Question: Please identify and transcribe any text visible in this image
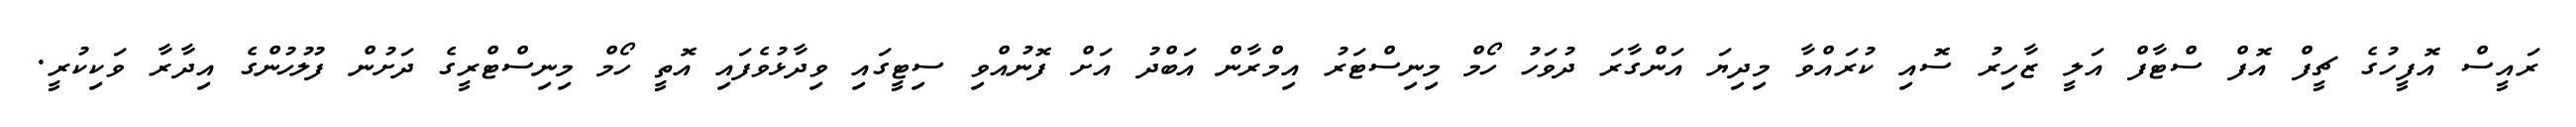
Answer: ރައީސް އޮފީހުގެ ޗީފް އޮފް ސްޓާފް އަލީ ޒާހިރު ސޮއި ކުރައްވާ މިދިޔަ އަންގާރަ ދުވަހު ހޯމް މިނިސްޓަރު އިމްރާން އަބްދު އަށް ފޮނުއްވި ސިޓީގައި ވިދާޅުވެފައި އޮތީ ހޯމް މިނިސްޓްރީގެ ދަށުން ފުލުހުންގެ އިދާރާ ވަކިކުރީ.